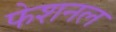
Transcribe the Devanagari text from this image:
फेशनल